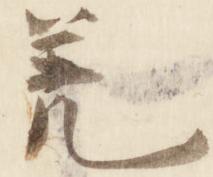
承